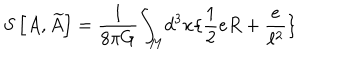
LaTeX: S \left[ A , \widetilde { A } \right] = \frac { 1 } { 8 \pi G } { \int } _ { M } d ^ { 3 } x \{ \frac { 1 } { 2 } e R + \frac { e } { \ell ^ { 2 } } \}